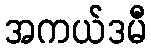
အကယ်ဒမီ